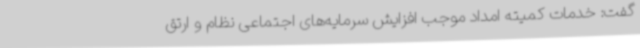
گفت: خدمات کمیته امداد موجب افزایش سرمایه‌های اجتماعی نظام و ارتق